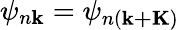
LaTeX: \psi_{n\mathbf{k}}=\psi_{n(\mathbf{k+K})}